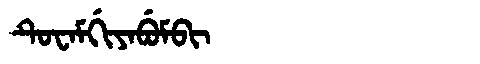
Manchu: ᡨᡠᠸᠠᠮᡤᡳᠶᠠᠪᡠᠮᠪᡳ
Romanization: TUWAMGIYABUMBI